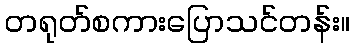
တရုတ်စကားပြောသင်တန်း။